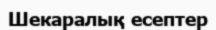
Шекаралық есептер